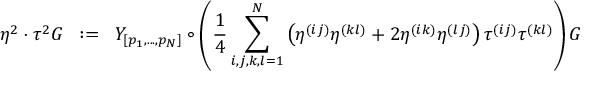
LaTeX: \eta ^ { 2 } \cdot \tau ^ { 2 } { \cal { G } } \; \; : = \; \; { \cal { Y } } _ { [ p _ { 1 } , . . . , p _ { N } ] } \circ \left( { \frac { 1 } { 4 } } \sum _ { i , j , k , l = 1 } ^ { N } \left( \eta ^ { ( i j ) } \eta ^ { ( k l ) } + 2 \eta ^ { ( i k ) } \eta ^ { ( l j ) } \right) \tau ^ { ( i j ) } \tau ^ { ( k l ) } \right) { \cal { G } }